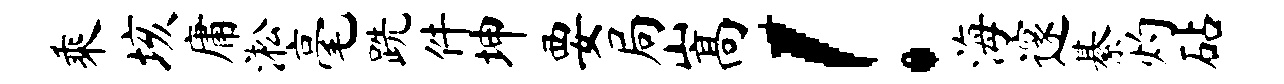
乘垓庸淞毫跣件坤要局嵩！海邃綦灼砧